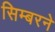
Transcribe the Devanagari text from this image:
सिम्बरने